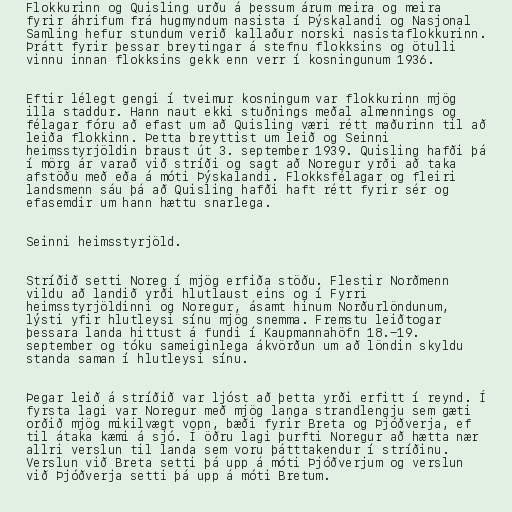
Flokkurinn og Quisling urðu á þessum árum meira og meira
fyrir áhrifum frá hugmyndum nasista í Þýskalandi og Nasjonal
Samling hefur stundum verið kallaður norski nasistaflokkurinn.
Þrátt fyrir þessar breytingar á stefnu flokksins og ötulli
vinnu innan flokksins gekk enn verr í kosningunum 1936.

Eftir lélegt gengi í tveimur kosningum var flokkurinn mjög
illa staddur. Hann naut ekki stuðnings meðal almennings og
félagar fóru að efast um að Quisling væri rétt maðurinn til að
leiða flokkinn. Þetta breyttist um leið og Seinni
heimsstyrjöldin braust út 3. september 1939. Quisling hafði þá
í mörg ár varað við stríði og sagt að Noregur yrði að taka
afstöðu með eða á móti Þýskalandi. Flokksfélagar og fleiri
landsmenn sáu þá að Quisling hafði haft rétt fyrir sér og
efasemdir um hann hættu snarlega.

Seinni heimsstyrjöld.

Stríðið setti Noreg í mjög erfiða stöðu. Flestir Norðmenn
vildu að landið yrði hlutlaust eins og í Fyrri
heimsstyrjöldinni og Noregur, ásamt hinum Norðurlöndunum,
lýsti yfir hlutleysi sínu mjög snemma. Fremstu leiðtogar
þessara landa hittust á fundi í Kaupmannahöfn 18.-19.
september og tóku sameiginlega ákvörðun um að löndin skyldu
standa saman í hlutleysi sínu.

Þegar leið á stríðið var ljóst að þetta yrði erfitt í reynd. Í
fyrsta lagi var Noregur með mjög langa strandlengju sem gæti
orðið mjög mikilvægt vopn, bæði fyrir Breta og Þjóðverja, ef
til átaka kæmi á sjó. Í öðru lagi þurfti Noregur að hætta nær
allri verslun til landa sem voru þátttakendur í stríðinu.
Verslun við Breta setti þá upp á móti Þjóðverjum og verslun
við Þjóðverja setti þá upp á móti Bretum.